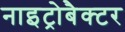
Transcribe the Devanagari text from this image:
नाइट्रोबैक्टर